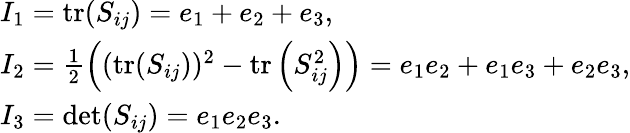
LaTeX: \begin{array}{l}{I_{1}=\operatorname{tr}(S_{ij})=e_{1}+e_{2}+e_{3},}\\ {I_{2}=\frac{1}{2}\left((\operatorname{tr}(S_{ij}))^{2}-\operatorname{tr}\left(S_{ij}^{2}\right)\right)=e_{1}e_{2}+e_{1}e_{3}+e_{2}e_{3},}\\ {I_{3}=\operatorname*{det}(S_{ij})=e_{1}e_{2}e_{3}.}\end{array}